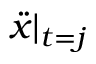
\ddot { x } \vert _ { t = j }